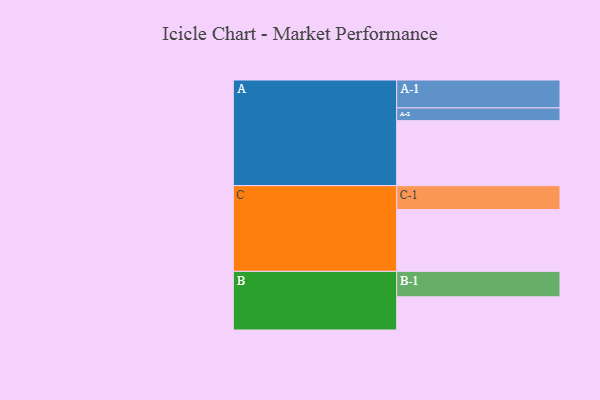
{"axis": {"x": "Segment", "y": "Value"}, "legend": ["", "A", "B", "C"], "data": [{"x": "A", "y": 593, "type": ""}, {"x": "B", "y": 303, "type": ""}, {"x": "C", "y": 564, "type": ""}, {"x": "A-1", "y": 255, "type": "A"}, {"x": "A-2", "y": 116, "type": "A"}, {"x": "B-1", "y": 232, "type": "B"}, {"x": "C-1", "y": 218, "type": "C"}]}